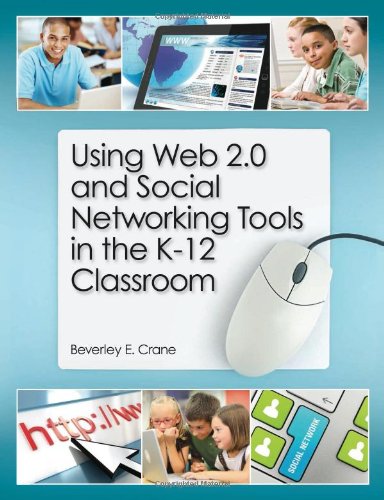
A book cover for Using Web 2.0 and Social Networking Tools in the K-12 Classroom; Beverly E. Crane; Computers & Technology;